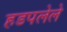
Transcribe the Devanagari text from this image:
हडपलेले